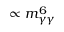
\propto m _ { \gamma \gamma } ^ { 6 }